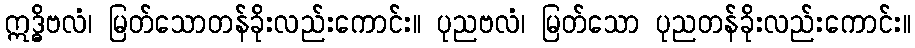
ဣဒ္ဓိဗလံ၊ မြတ်သောတန်ခိုးလည်းကောင်း။ ပုညဗလံ၊ မြတ်သော ပုညတန်ခိုးလည်းကောင်း။